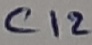
Text: C12